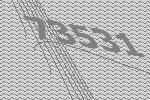
73531